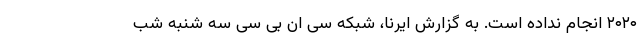
۲۰۲۰ انجام نداده است. به گزارش ایرنا، شبکه سی ان بی سی سه شنبه شب